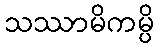
သဿာမိကမ္ပိ